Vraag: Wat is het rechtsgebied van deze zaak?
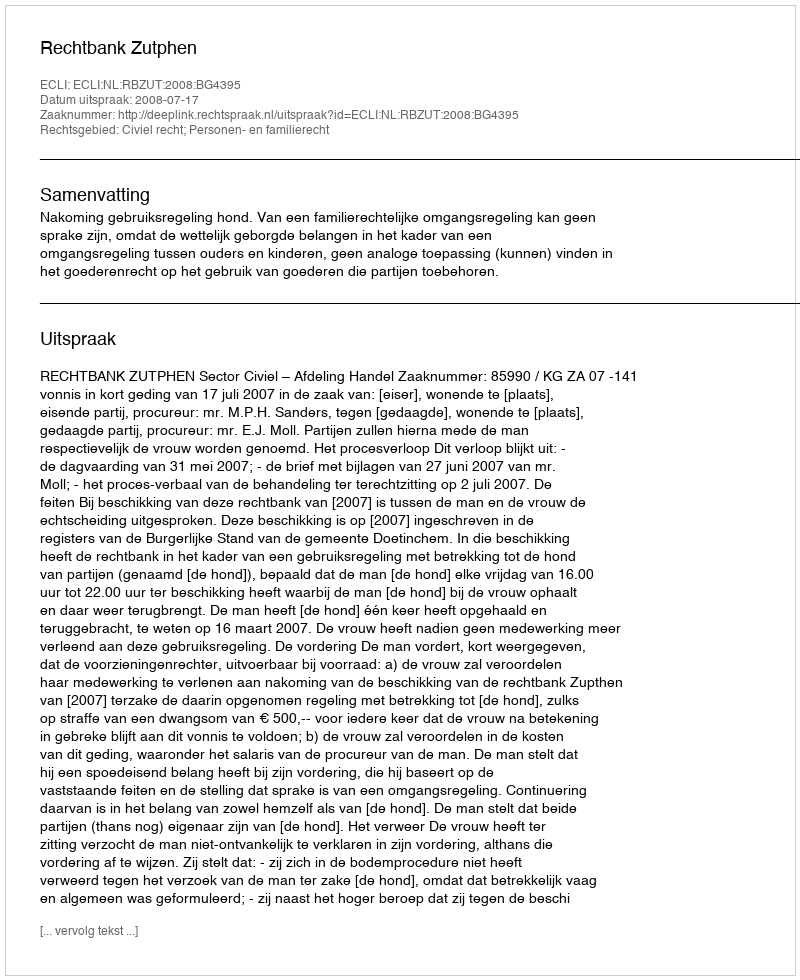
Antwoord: Civiel recht; Personen- en familierecht